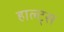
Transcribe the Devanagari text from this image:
हाल्ट्स